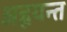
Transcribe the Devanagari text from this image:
अह्वयन्त